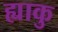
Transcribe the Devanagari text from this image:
ह्याकु